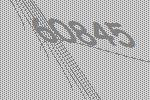
60845